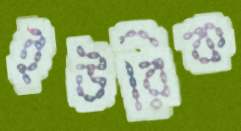
ইউরিক